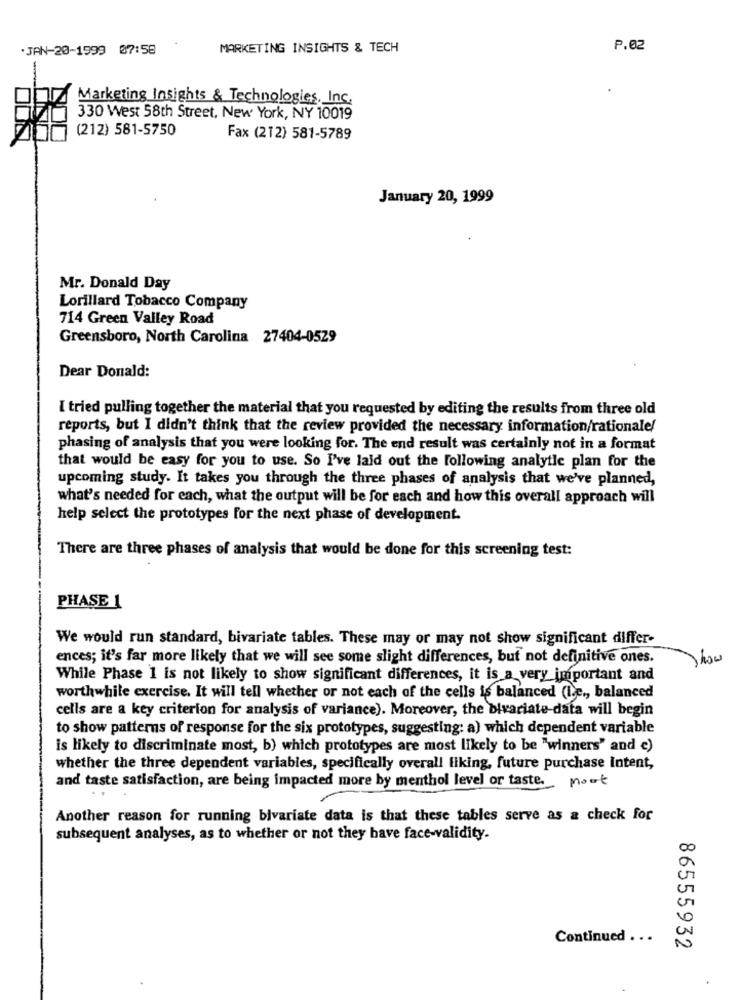
.JAN-20-1999 07:58
MARKETING INSIGHTS & TECH
P.02
Marketing Insights & Technologies, Inc.
330 West 58th Street, New York, NY 10019
(212) 581-5750
Fax (212) 581-5789
January 20, 1999
Mr. Donald Day
Lorillard Tobacco Company
714 Green Valley Road
Greensboro, North Carolina 27404-0529
Dear Donald:
I tried pulling together the material that you requested by editing the results from three old
reports, but I didn't think that the review provided the necessary information/rationale/
phasing of analysis that you were looking for. The end result was certainly not in a format
that would be easy for you to use. So I've laid out the following analytle plan for the
upcoming study. It takes you through the three phases of analysis that we've planned,
what's needed for each, what the output will be for each and how this overall approach will
help select the prototypes for the next phase of development.
There are three phases of analysis that would be done for this screening test:
PHASE 1
We would run standard, bivariate tables. These may or may not show significant differ-
ences; it's far more likely that we will see some slight differences, but not definitive ones.
While Phase 1 is not likely to show significant differences, it is a very important and
worthwhile exercise. It will tell whether or not each of the cells is balanced (le ., balanced
cells are a key criterion for analysis of variance). Moreover, the bivariate-data will begin
to show patterns of response for the six prototypes, suggesting: a) which dependent variable
is likely to discriminate most, b) which prototypes are most likely to be "winners" and c)
whether the three dependent variables, specifically overall liking, future purchase Intent,
and taste satisfaction, are being impacted more by menthol level or taste. mout
Another reason for running bivariate data is that these tables serve as a check for
subsequent analyses, as to whether or not they have face-validity.
Continued . . .
86555932